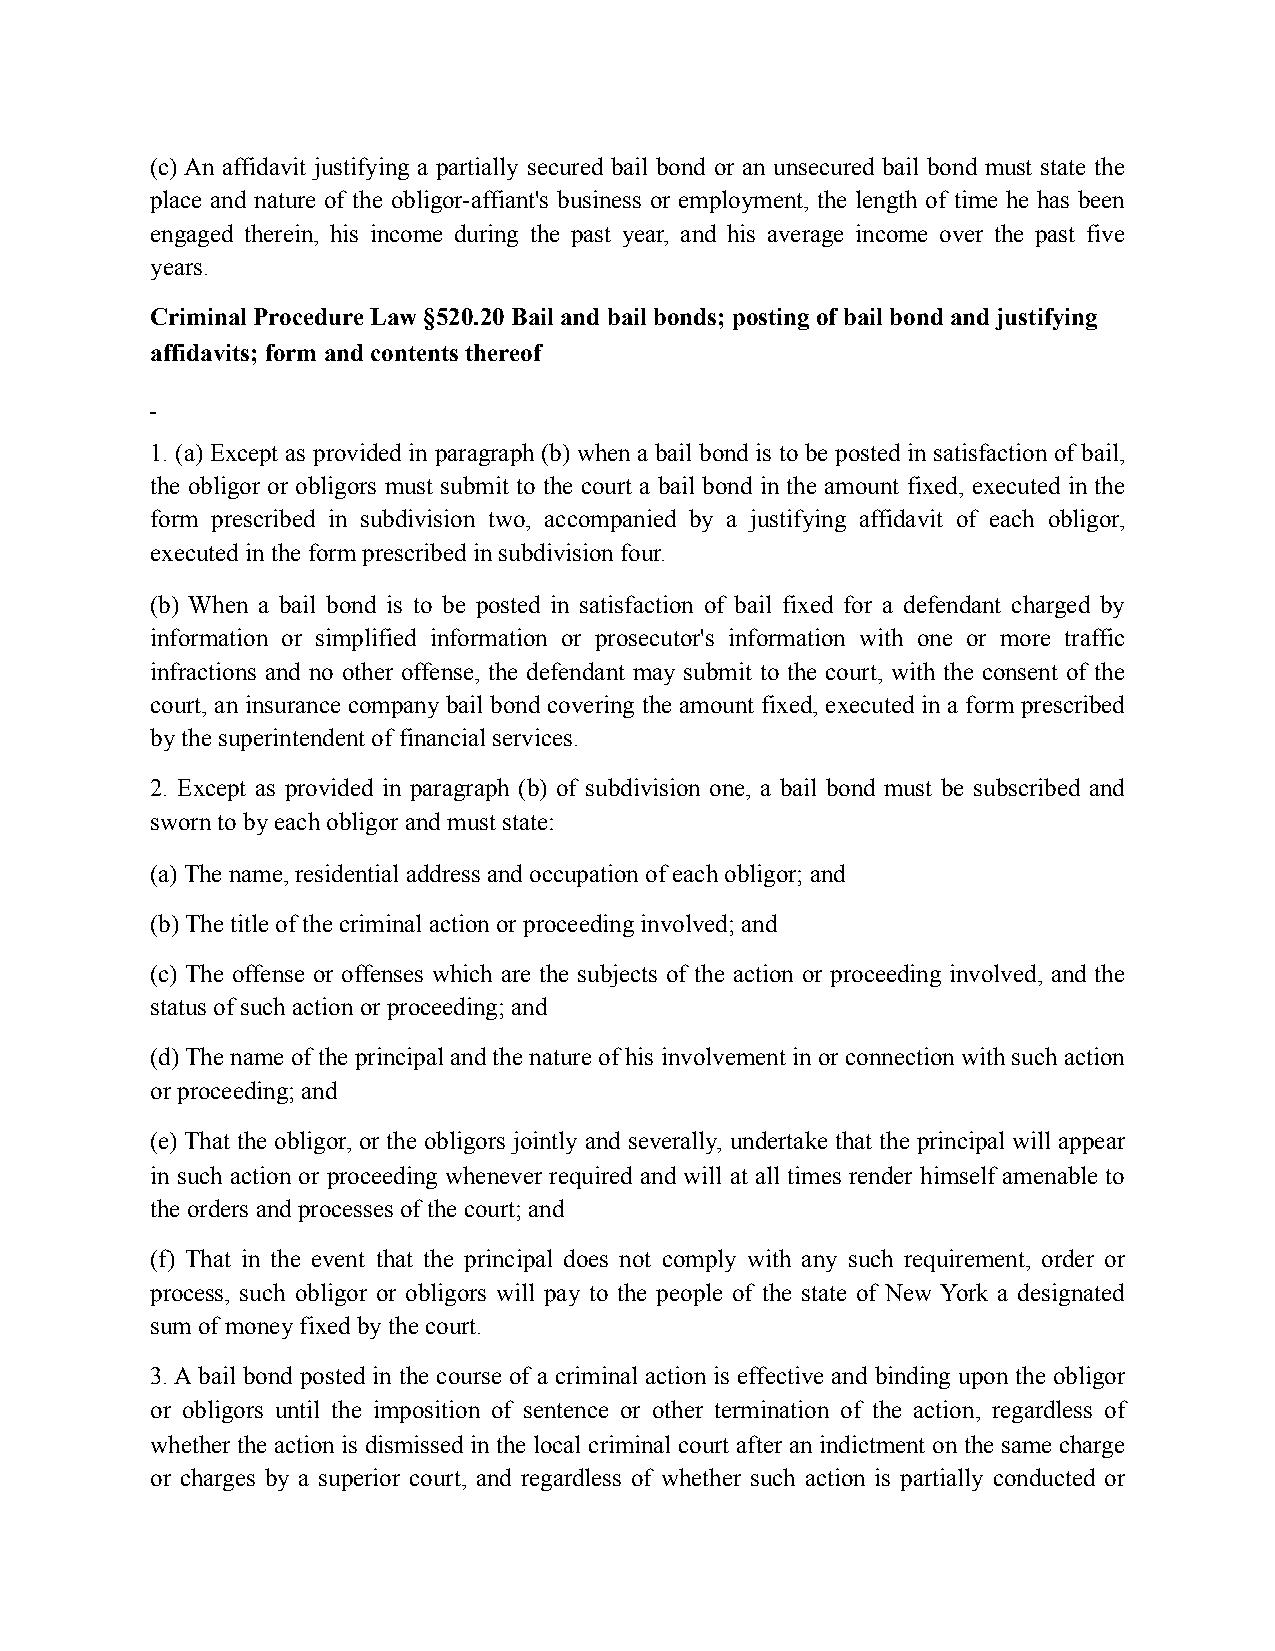
(c) An affidavit justifying a partially secured bail bond or an unsecured bail bond must state the
 place and nature of the obligor-affiant's business or employment, the length of time he has been
 engaged therein, his income during the past year, and his average income over the past five
 years.
 Criminal Procedure Law §520.20 Bail and bail bonds; posting of bail bond and justifying
 affidavits; form and contents thereof
 1. (a) Except as provided in paragraph (b) when a bail bond is to be posted in satisfaction of bail,
 the obligor or obligors must submit to the court a bail bond in the amount fixed, executed in the
 form prescribed in subdivision two, accompanied by a justifying affidavit of each obligor,
 executed in the form prescribed in subdivision four.
 (b) When a bail bond is to be posted in satisfaction of bail fixed for a defendant charged by
 information or simplified information or prosecutor's information with one or more traffic
 infractions and no other offense, the defendant may submit to the court, with the consent of the
 court, an insurance company bail bond covering the amount fixed, executed in a form prescribed
 by the superintendent of financial services.
 2. Except as provided in paragraph (b) of subdivision one, a bail bond must be subscribed and
 sworn to by each obligor and must state:
 (a) The name, residential address and occupation of each obligor; and
 (b) The title of the criminal action or proceeding involved; and
 (c) The offense or offenses which are the subjects of the action or proceeding involved, and the
 status of such action or proceeding; and
 (d) The name of the principal and the nature of his involvement in or connection with such action
 or proceeding; and
 (e) That the obligor, or the obligors jointly and severally, undertake that the principal will appear
 in such action or proceeding whenever required and will at all times render himself amenable to
 the orders and processes of the court; and
 (f) That in the event that the principal does not comply with any such requirement, order or
 process, such obligor or obligors will pay to the people of the state of New York a designated
 sum of money fixed by the court.
 3. A bail bond posted in the course of a criminal action is effective and binding upon the obligor
 or obligors until the imposition of sentence or other termination of the action, regardless of
 whether the action is dismissed in the local criminal court after an indictment on the same charge
 or charges by a superior court, and regardless of whether such action is partially conducted or